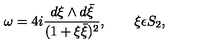
\omega = 4 i \frac { d \xi \wedge d \bar { \xi } } { ( 1 + \xi \bar { \xi } ) ^ { 2 } } , \qquad \xi \epsilon S _ { 2 } ,